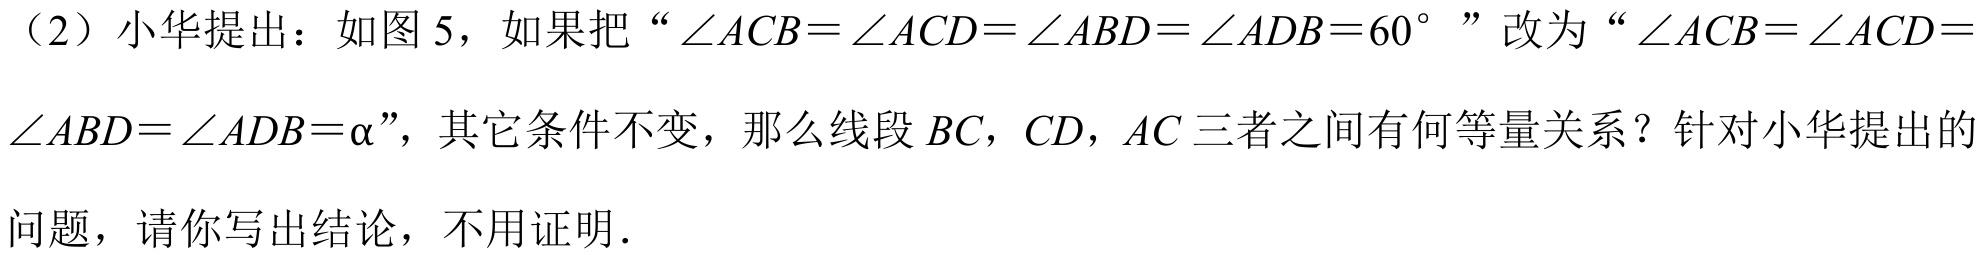
（2）小华提出：如图 5，如果把“\(\angle ACB=\angle ACD=\angle ABD=\angle ADB = 60^{\circ}\)”改为“\(\angle ACB=\angle ACD=\)
\(\angle ABD=\angle ADB=\alpha\)”，其它条件不变，那么线段 \(BC\)，\(CD\)，\(AC\) 三者之间有何等量关系？针对小华提出的
问题，请你写出结论，不用证明．